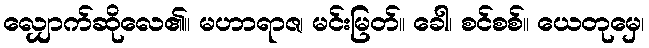
လျှောက်ဆိုလေ၏။ မဟာရာဇ၊ မင်းမြတ်။ ခေါ၊ စင်စစ်။ ယေတုမှေ၊